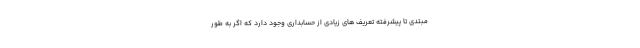
مبتدی تا پیشرفته تعریف های زیادی از حسابداری وجود دارد که اگر به طور